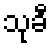
သုခီ